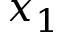
x _ { 1 }